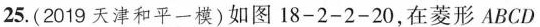
25.(2019天津和平一模)如图18-2-2-20，在菱形ABCD